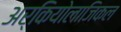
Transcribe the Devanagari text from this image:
अर्कियोलाजिकल